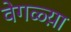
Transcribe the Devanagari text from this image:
वेगळ्य़ा